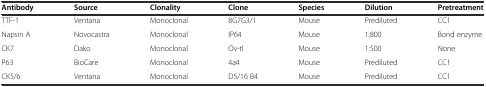
<table><thead><tr><td><b>Antibody</b></td><td><b>Source</b></td><td><b>Clonality</b></td><td><b>Clone</b></td><td><b>Species</b></td><td><b>Dilution</b></td><td><b>Pretreatment</b></td></tr></thead><tbody><tr><td>TTF-1</td><td>Ventana</td><td>Monoclonal</td><td>8G7G3/1</td><td>Mouse</td><td>Prediluted</td><td>CC1</td></tr><tr><td>Napsin A</td><td>Novocastra</td><td>Monoclonal</td><td>IP64</td><td>Mouse</td><td>1:800</td><td>Bond enzyme</td></tr><tr><td>CK7</td><td>Dako</td><td>Monoclonal</td><td>Ov-tl</td><td>Mouse</td><td>1:500</td><td>None</td></tr><tr><td>P63</td><td>BioCare</td><td>Monoclonal</td><td>4a4</td><td>Mouse</td><td>Prediluted</td><td>CC1</td></tr><tr><td>CK5/6</td><td>Ventana</td><td>Monoclonal</td><td>D5/16 B4</td><td>Mouse</td><td>Prediluted</td><td>CC1</td></tr></tbody></table>